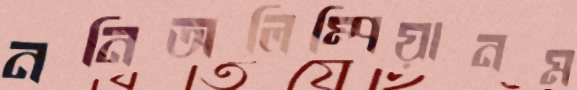
ননিঅলিম্পিয়ানম